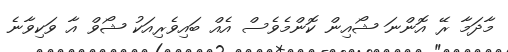
މާދަމާ ރޭ އޮންނަ ޝޯއިން ކޮންމެވެސް އެއް ބައިވެރިއަކު ޝޯވް އާ ވަކިވާނެ